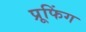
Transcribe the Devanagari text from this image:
प्रूफिंग